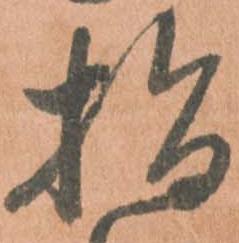
指